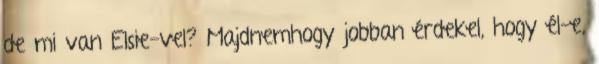
de mi van Elsie-vel? Majdnemhogy jobban érdekel, hogy él-e,